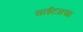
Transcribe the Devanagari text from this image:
साईटसचा